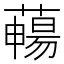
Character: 𦿄